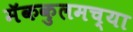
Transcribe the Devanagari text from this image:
मॅककुलमच्या